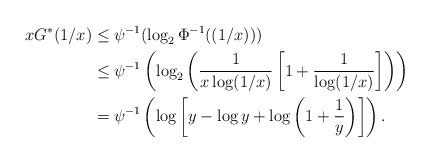
LaTeX: \begin{align*}xG^*(1/x) & \leq \psi^{-1}(\log_2 \Phi^{-1}((1/x))) \\ & \leq \psi^{-1} \left( \log_2 \left( \frac{1}{x\log (1/x)} \left[1 + \frac{1}{\log(1/x)} \right] \right) \right)\\& = \psi^{-1} \left( \log \left[y - \log y + \log\left( 1 + \frac{1}{y} \right) \right] \right) .\end{align*}